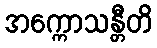
အက္ကောသန္တီတိ